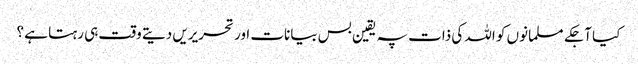
کیا آجکے مسلمانوں کو اللہ کی ذات پہ یقین بس بیانات اور تحریریں دیتے وقت ہی رہتا ہے ؟